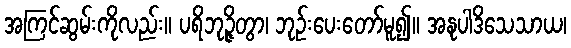
အကြင်ဆွမ်းကိုလည်း။ ပရိဘုဉ္ဇိတွာ၊ ဘုဉ်းပေးတော်မူ၍။ အနုပါဒိသေသာယ၊